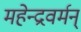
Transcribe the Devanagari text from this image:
महेन्द्रवर्मन्